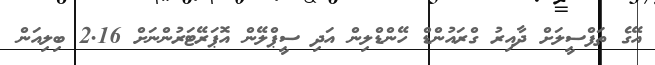
އޭގެ ތަފްސީލަށް ދާއިރު ގްރައުންޑް ހޭންޑްލިން އަދި ސީޕްލޭން އޮޕަރޭޓަރުންނަށް 2.16 ބިލިއަން